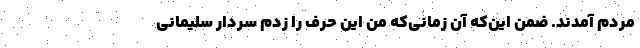
مردم آمدند. ضمن این‌که آن زمانی‌که من این حرف را زدم سردار سلیمانی